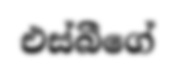
එස්බීගේ